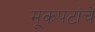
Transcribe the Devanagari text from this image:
मूकपटांचे